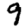
Digit: 9